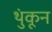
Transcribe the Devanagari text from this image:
थुंकून